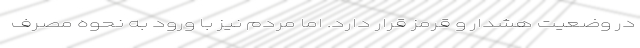
در وضعیت هشدار و قرمز قرار دارد. اما مردم نیز با ورود به نحوه مصرف